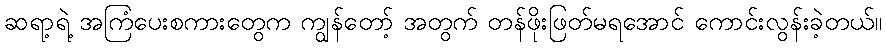
ဆရာ့ရဲ့ အကြံပေးစကားတွေက ကျွန်တော့် အတွက် တန်ဖိုးဖြတ်မရအောင် ကောင်းလွန်းခဲ့တယ်။